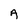
Character: A